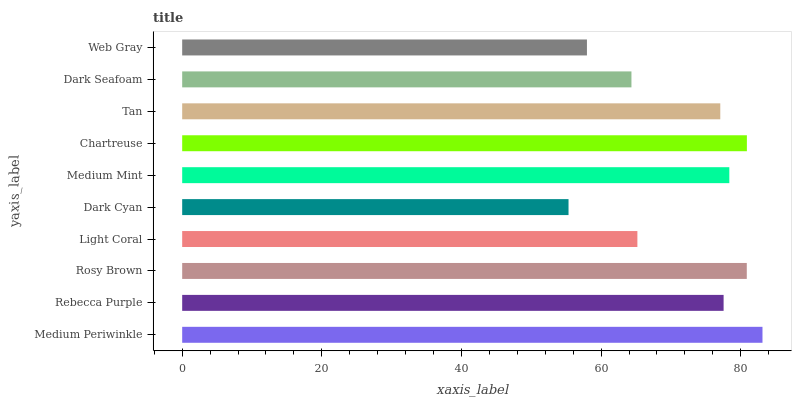
| yaxis_label | bars |
 | --- | --- |
 | Medium Periwinkle | 83.1 |
 | Rebecca Purple | 77.5 |
 | Rosy Brown | 80.9 |
 | Light Coral | 65.2 |
 | Dark Cyan | 55.3 |
 | Medium Mint | 78.4 |
 | Chartreuse | 80.9 |
 | Tan | 77.1 |
 | Dark Seafoam | 64.3 |
 | Web Gray | 58 |